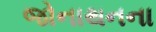
જોનાથનના